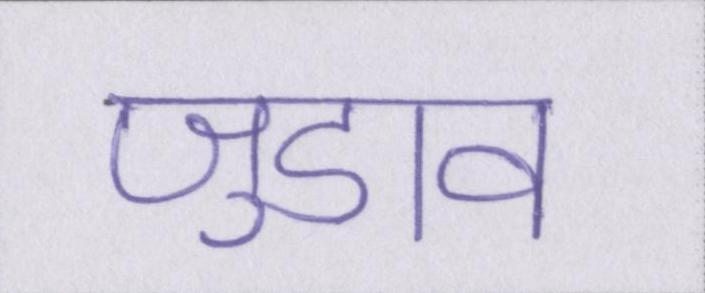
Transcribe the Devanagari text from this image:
जुडाव